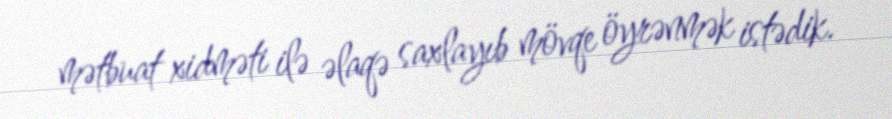
mətbuat xidməti ilə əlaqə saxlayıb mövqe öyrənmək istədik.